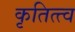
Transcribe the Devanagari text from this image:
कृतित्त्व